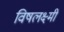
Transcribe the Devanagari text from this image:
विषलक्ष्मी